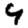
Digit: 4